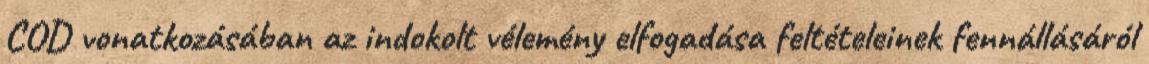
COD vonatkozásában az indokolt vélemény elfogadása feltételeinek fennállásáról